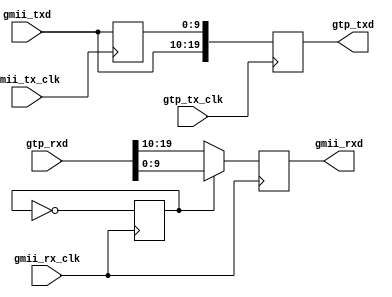
module gmii_gtp #(
    parameter dw = 10
)
(
    // gmii side
    input gmii_tx_clk,
    input gmii_rx_clk,
    input [dw-1:0] gmii_txd,
    output reg [dw-1:0] gmii_rxd,
    // gtp side
    input gtp_tx_clk,
    //input gtp_rx_clk,
    output reg [2*dw-1:0] gtp_txd,
    input [2*dw-1:0] gtp_rxd
);

reg [dw-1:0] gmii_txd_d;
wire [dw-1:0] gtp_rxd_l = gtp_rxd[dw-1:0];
wire [dw-1:0] gtp_rxd_m = gtp_rxd[2*dw-1:dw];
reg even=0;

// decode incoming data @ gtp_tx_clk
always @(posedge gmii_tx_clk) begin
    gmii_txd_d <= gmii_txd;
end

always @(posedge gmii_rx_clk) begin
    even <= ~even;
    gmii_rxd <= even ? gtp_rxd_l : gtp_rxd_m;
end

// encode outgoing data @ gmii_tx_clk
always @(posedge gtp_tx_clk) begin
    gtp_txd <= {gmii_txd, gmii_txd_d};
end

endmodule